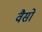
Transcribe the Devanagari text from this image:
वैसों